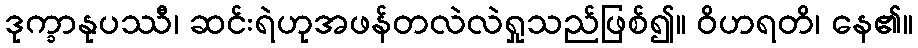
ဒုက္ခာနုပဿီ၊ ဆင်းရဲဟုအဖန်တလဲလဲရှုသည်ဖြစ်၍။ ဝိဟရတိ၊ နေ၏။